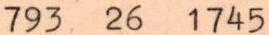
793 26 1745